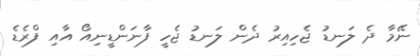
ނޭމާ ދެ ލަނޑު ޖެހިއިރު ދެން ލަނޑު ޖެހީ ފާނަންޑީނިއޯ އާއި ފްރެޑެ